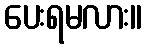
ပေးရမလား။